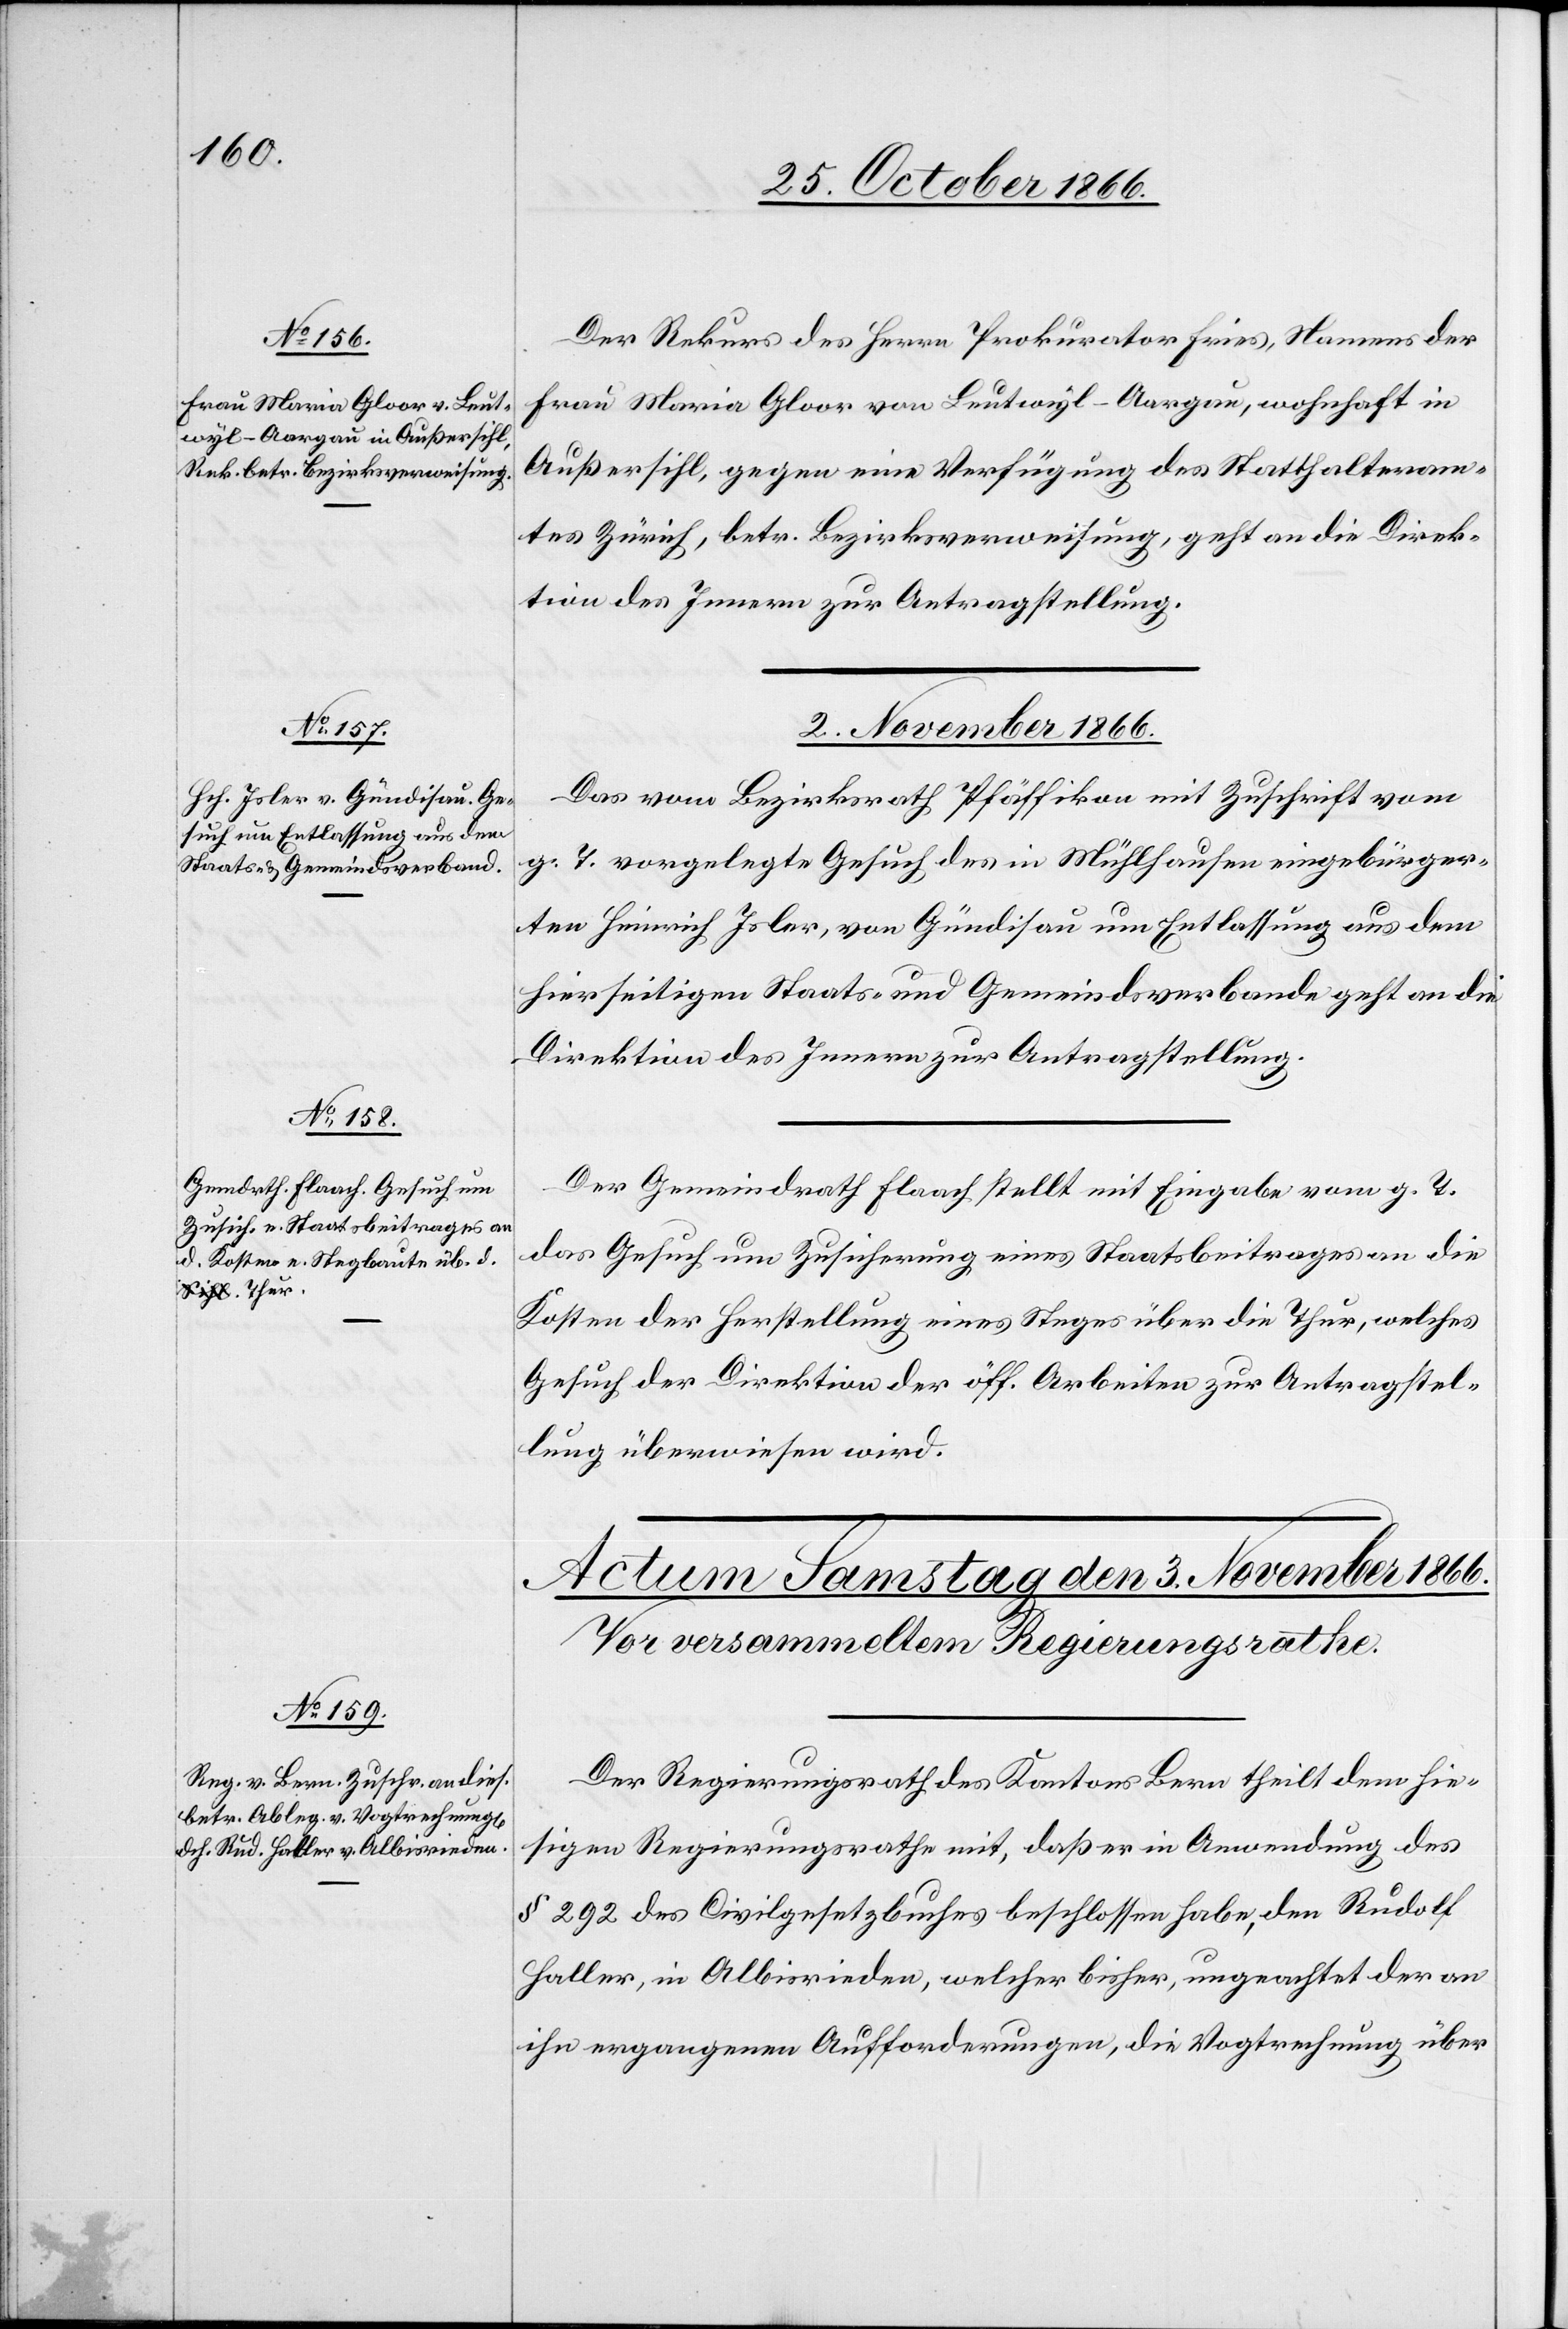
Der Rekurs des Herrn Prokurator Fries, Namens der
Frau Maria Gloor von Leutwyl-Aargau, wohnhaft in
Außersihl, gegen eine Verfügung des Statthalteram¬
tes Zürich, betr. Bezirksverweisung, geht an die Direk¬
tion des Innern zur Antragstellung.
2. November 1866.]
Das vom Bezirksrath Pfäffikon mit Zuschrift vom
g. T. vorgelegte Gesuch des in Mühlhausen eingebürger¬
ten Heinrich Isler, von Gündisau um Entlassung aus dem
hierseitigen Staats- und Gemeindsverbande geht an die
Direktion des Innern zur Antragstellung.
Der Gemeindrath Flaach stellt mit Eingabe vom g. T.
das Gesuch um Zusicherung eines Staatsbeitrages an die
Kosten der Herstellung eines Steges über die Thur, welches
Gesuch der Direktion der öff. Arbeiten zur Antragstel¬
lung überwiesen wird.
Der Regierungsrath des Kantons Bern theilt dem hie¬
sigen Regierungsrathe mit, daß er in Anwendung des
§ 292 des Civilgesetzbuches beschlossen habe, den Rudolf
Haller, in Albisrieden, welcher bisher, ungeachtet der an
ihn ergangenen Aufforderungen, die Vogtrechnung über